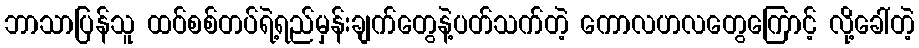
ဘာသာပြန်သူ ထဝ်စစ်တပ်ရဲ့ရည်မှန်းချက်တွေနဲ့ပတ်သက်တဲ့ ကောလဟလတွေကြောင့် လို့ခေါ်တဲ့